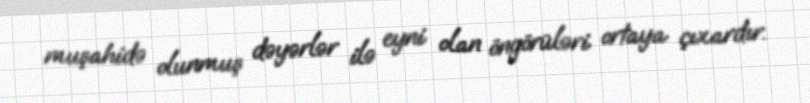
muşahidə olunmuş dəyərlər ilə eyni olan öngörüləri ortaya çıxardır.